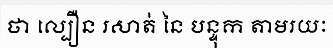
ថា ល្បឿន រសាត់ នៃ បន្ទុក តាមរយៈ